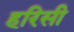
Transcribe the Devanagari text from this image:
हरिसी